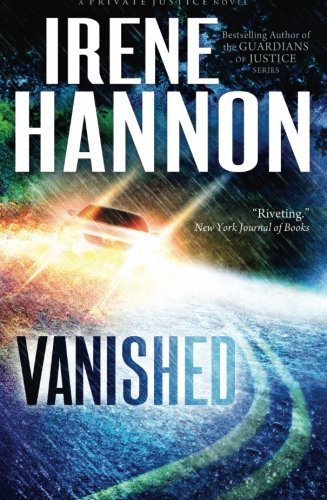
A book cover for Vanished: A Novel (Private Justice) (Volume 1); Irene Hannon; Romance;